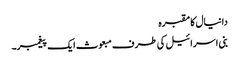
دانیال کا مقبرہ
بنی اسرائیل کی طرف مبعوث ایک پیغمبر۔